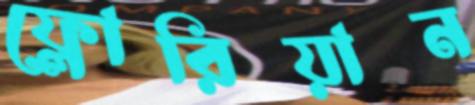
ফ্লোরিয়ান